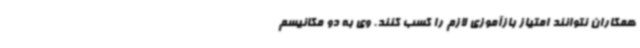
همکاران نتوانند امتیاز بازآموزی لازم را کسب کنند. وی به دو مکانیسم